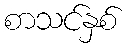
စာသင်နှစ်